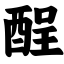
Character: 酲